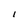
Character: I